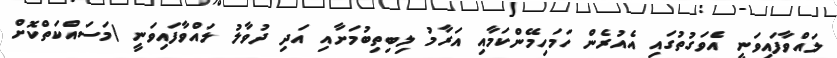
ލައްވާފައިވަނީ އެވަގުތުގައި އެއުރެން ހަމަހިމޭންކަމާއި އަރާމު ލިބިތިބުމަށާއި އަދި ދުވާލު ލައްވާފައިވަނީ (މަސައްކަތްކޮށް